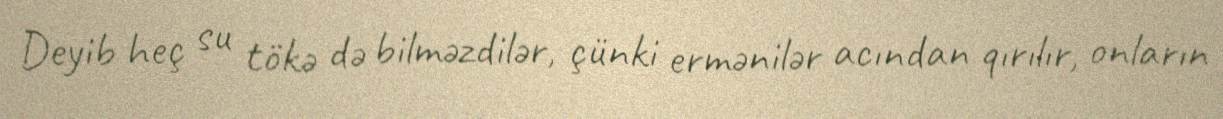
Deyib heç su tökə də bilməzdilər, çünki ermənilər acından qırılır, onların